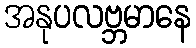
အနုပလဗ္ဘမာနေ